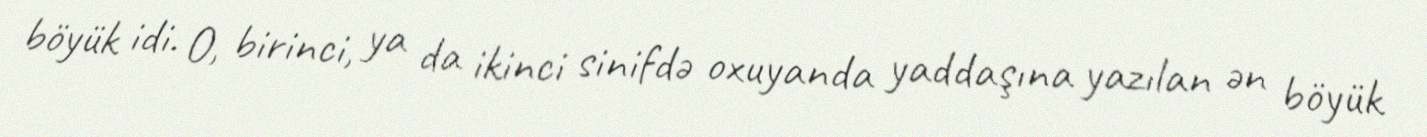
böyük idi. O, birinci, ya da ikinci sinifdə oxuyanda yaddaşına yazılan ən böyük